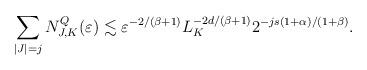
LaTeX: \begin{align*}\sum_{|J|=j} N^Q_{J,K}(\varepsilon) \lesssim \varepsilon^{-2/(\beta+1)} L_K^{-2d/(\beta+1)} 2^{-js(1+\alpha)/(1+\beta)}.\end{align*}